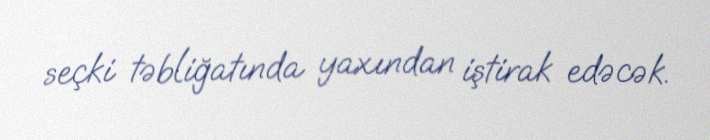
seçki təbliğatında yaxından iştirak edəcək.